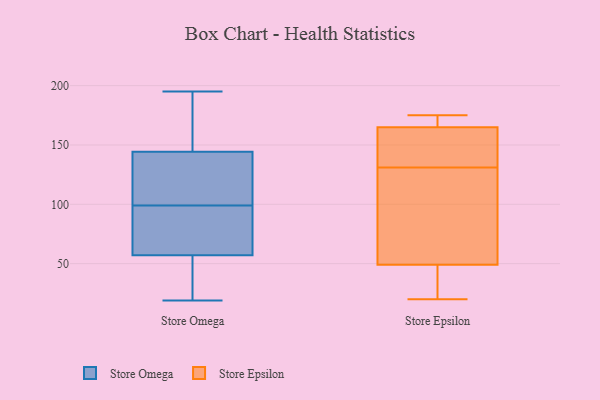
{"axis": {"x": "Customer Acquisition Cost (USD)", "y": "Value"}, "legend": ["Store Epsilon", "Store Omega"], "data": [{"x": "", "y": 61, "type": "Store Omega"}, {"x": "", "y": 68, "type": "Store Omega"}, {"x": "", "y": 45, "type": "Store Omega"}, {"x": "", "y": 163, "type": "Store Omega"}, {"x": "", "y": 77, "type": "Store Omega"}, {"x": "", "y": 183, "type": "Store Omega"}, {"x": "", "y": 134, "type": "Store Omega"}, {"x": "", "y": 45, "type": "Store Omega"}, {"x": "", "y": 104, "type": "Store Omega"}, {"x": "", "y": 127, "type": "Store Omega"}, {"x": "", "y": 26, "type": "Store Omega"}, {"x": "", "y": 138, "type": "Store Omega"}, {"x": "", "y": 19, "type": "Store Omega"}, {"x": "", "y": 195, "type": "Store Omega"}, {"x": "", "y": 99, "type": "Store Omega"}, {"x": "", "y": 70, "type": "Store Omega"}, {"x": "", "y": 170, "type": "Store Omega"}, {"x": "", "y": 166, "type": "Store Epsilon"}, {"x": "", "y": 85, "type": "Store Epsilon"}, {"x": "", "y": 49, "type": "Store Epsilon"}, {"x": "", "y": 121, "type": "Store Epsilon"}, {"x": "", "y": 148, "type": "Store Epsilon"}, {"x": "", "y": 147, "type": "Store Epsilon"}, {"x": "", "y": 20, "type": "Store Epsilon"}, {"x": "", "y": 108, "type": "Store Epsilon"}, {"x": "", "y": 171, "type": "Store Epsilon"}, {"x": "", "y": 175, "type": "Store Epsilon"}, {"x": "", "y": 141, "type": "Store Epsilon"}, {"x": "", "y": 26, "type": "Store Epsilon"}, {"x": "", "y": 30, "type": "Store Epsilon"}, {"x": "", "y": 165, "type": "Store Epsilon"}]}